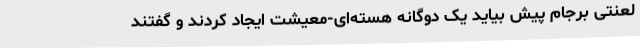
لعنتی برجام پیش بیاید یک دوگانه هسته‌ای-معیشت ایجاد کردند و گفتند